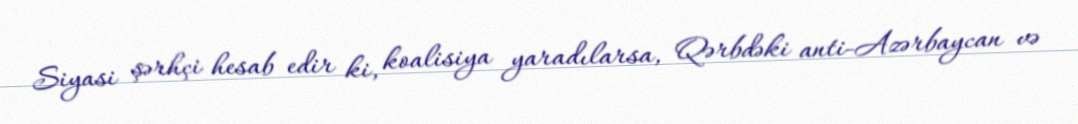
Siyasi şərhçi hesab edir ki, koalisiya yaradılarsa, Qərbdəki anti-Azərbaycan və